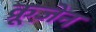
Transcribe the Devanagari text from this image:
क्रूज़ेन